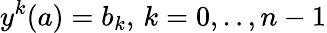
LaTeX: y^{k}(a)=b_{k},\, k=0,..,n-1